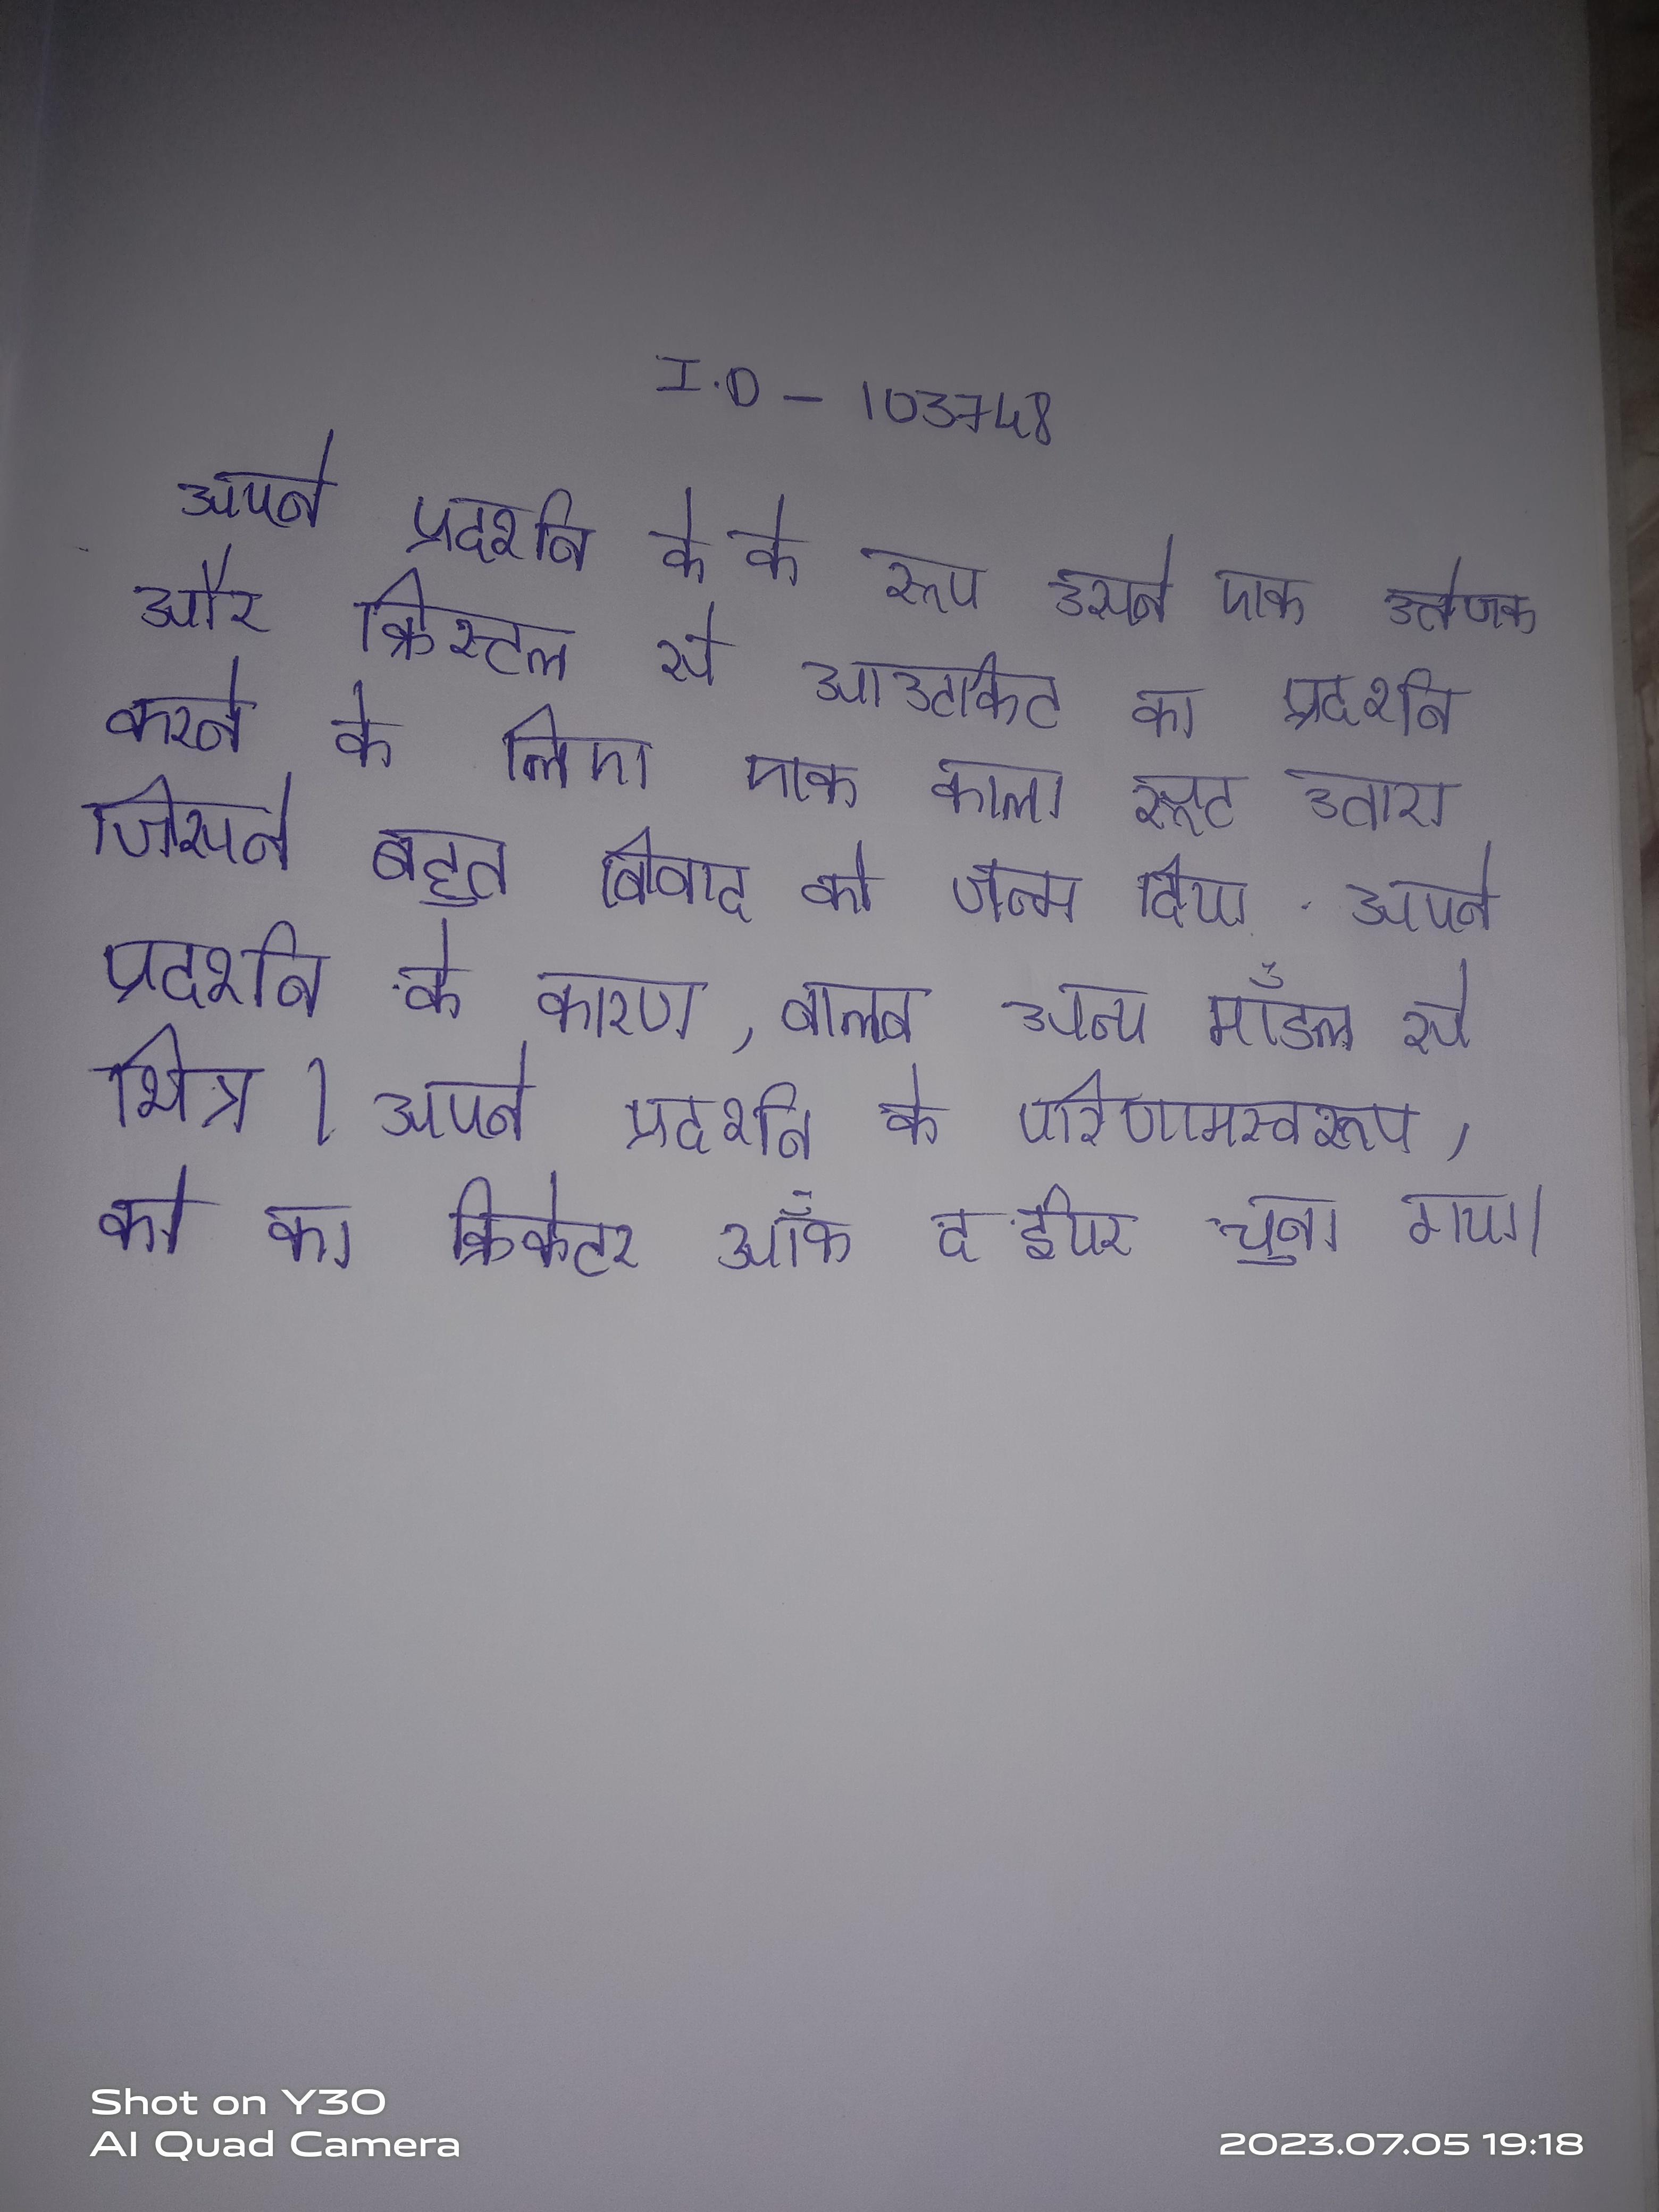
अपने प्रदर्शन के के रूप उसने एक उत्तेजक और क्रिस्टल से आउटफिट का प्रदर्शन करने के लिए एक काला सूट उतारा जिसने बहुत विवाद को जन्म दिया . अपने प्रदर्शन के कारण, वाल्व अन्य मॉडल से भिन्न । अपने प्रदर्शन के परिणामस्वरूप, को का क्रिकेटर ऑफ द ईयर चुना गया ।